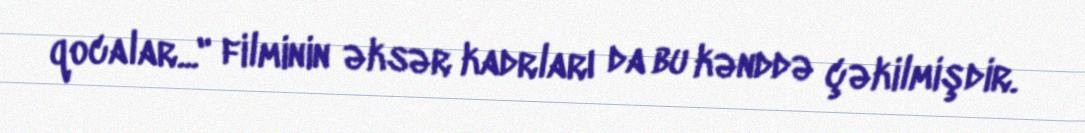
qocalar..." filminin əksər kadrları da bu kənddə çəkilmişdir.